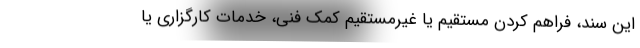
این سند، فراهم کردن مستقیم یا غیرمستقیم کمک فنی، خدمات کارگزاری یا